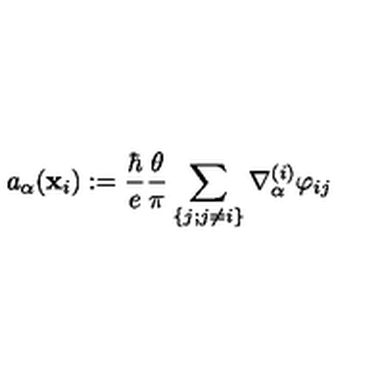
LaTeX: a _ { \alpha } ( { \bf x } _ { i } ) : = { \frac { \hbar } { e } } { \frac { \theta } { \pi } } \sum _ { \{ j ; j \ne i \} } \nabla _ { \alpha } ^ { ( i ) } \varphi _ { i j }